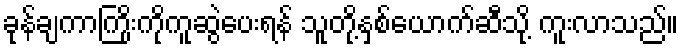
ခုန်ချကာကြိုးကိုကူဆွဲပေးရန် သူတို့နှစ်ယောက်ဆီသို့ ကူးလာသည်။